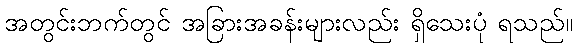
အတွင်းဘက်တွင် အခြားအခန်းများလည်း ရှိသေးပုံ ရသည်။